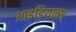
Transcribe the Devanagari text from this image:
आइडियल्स्‌